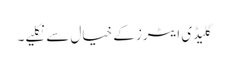
گلیڈی ایٹرز کے خیال سے نکلیے۔